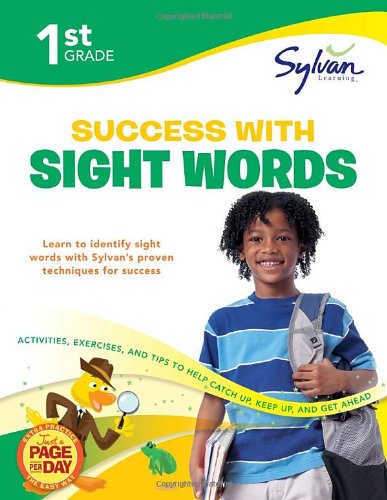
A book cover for First Grade Success with Sight Words (Sylvan Workbooks) (Language Arts Workbooks); Sylvan Learning; Reference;